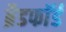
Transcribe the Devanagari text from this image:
ब्रैडफाॅर्ड